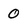
Character: 0